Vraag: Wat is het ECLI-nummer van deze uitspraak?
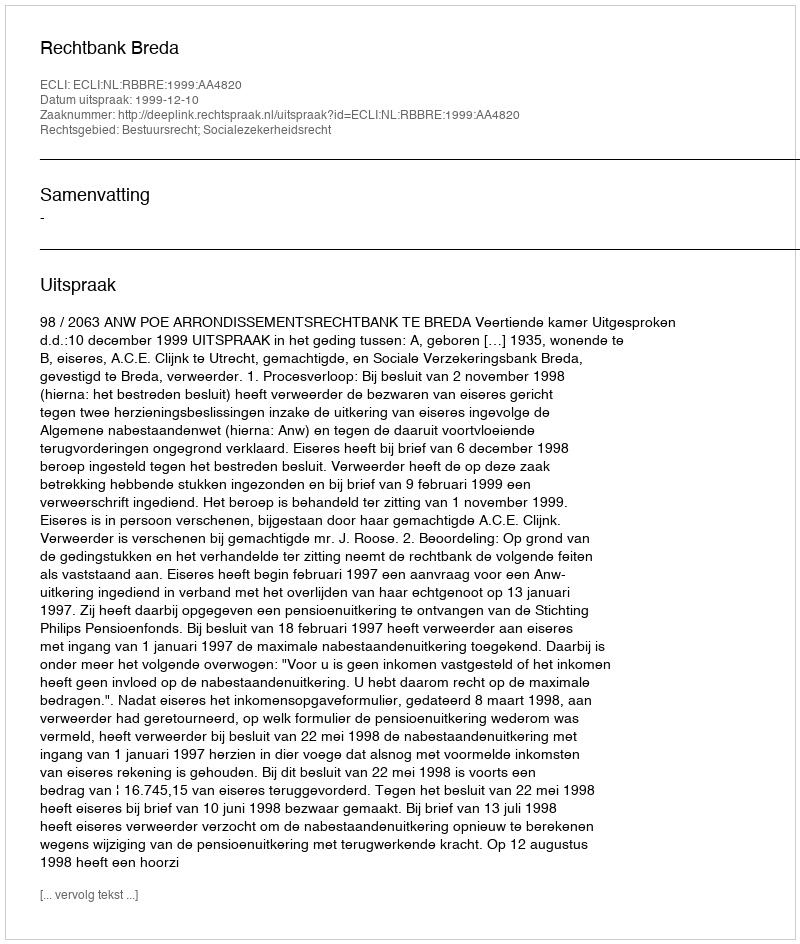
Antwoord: ECLI:NL:RBBRE:1999:AA4820